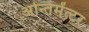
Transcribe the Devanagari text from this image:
अन्तिमेंत्टर